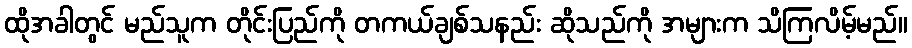
ထိုအခါတွင် မည်သူက တိုင်းပြည်ကို တကယ်ချစ်သနည်း ဆိုသည်ကို အများက သိကြလိမ့်မည်။